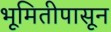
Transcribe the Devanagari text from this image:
भूमितीपासून